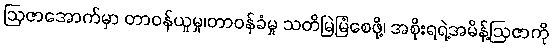
ဩဇာအောက်မှာ တာဝန်ယူမှု၊တာဝန်ခံမှု သတိမြဲမြံစေဖို့၊ အစိုးရရဲ့အမိန့်ဩဇာကို